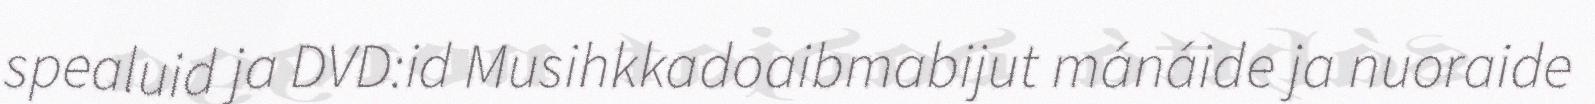
spealuid ja DVD:id Musihkkadoaibmabijut mánáide ja nuoraide